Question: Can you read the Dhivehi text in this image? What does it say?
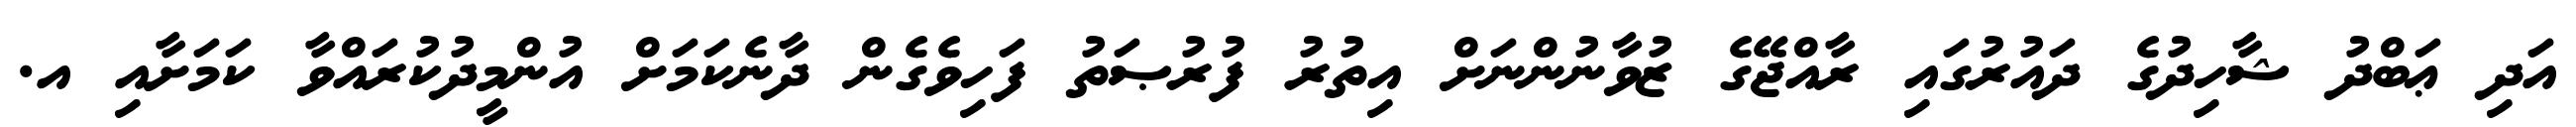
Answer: އަދި ޢަބްދު ޝާހިދުގެ ދައުރުގައި ރާއްޖޭގެ ޒުވާނުންނަށް އިތުރު ފުރުޞަތު ފަހިވެގެން ދާނެކަމަށް އުންމީދުކުރައްވާ ކަމަށާއި އ.